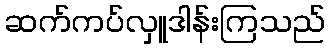
ဆက်ကပ်လှူဒါန်းကြသည်